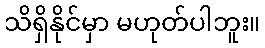
သိရှိနိုင်မှာ မဟုတ်ပါဘူး။